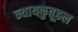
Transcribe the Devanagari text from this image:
न्यायकुतूहल